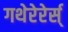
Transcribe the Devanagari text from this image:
गथेरेरेर्स्